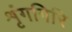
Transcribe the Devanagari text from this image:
शृंगगिरि